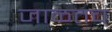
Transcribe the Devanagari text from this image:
जाळतच